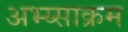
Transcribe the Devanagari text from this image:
अभ्य्साक्रम